Scientific memoirs by medical officers of the Army of India - Part XII,
Year: 1901
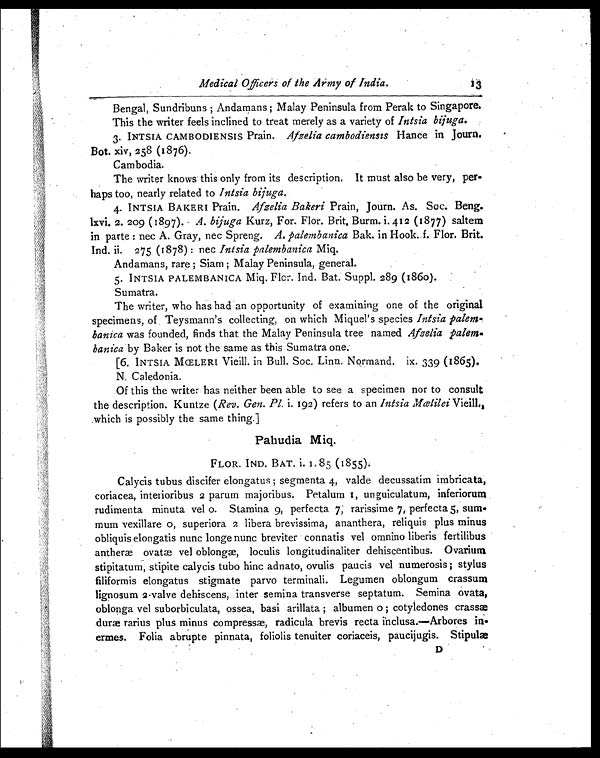
Medical Officers of the Army of India.
13
Bengal, Sundribuns ; Andamans ; Malay Peninsula from Perak to Singapore.
This the writer feels inclined to treat merely as a variety of Intsia bijuga.
3. INTSIA CAMBODIENSIS Prain. Afzelia cambodiensis Hance in Journ.
Bot. xiv, 258 (1876).
Cambodia.
The writer knows this only from its description. It must also be very, per-
haps too, nearly related to Intsia bijuga.
4. INTSIA BAKERI Prain. Afzelia Bakeri Prain, Journ. As. Soc. Beng.
lxvi. 2. 209 (1897). .4. bijuga Kurz, For. Flor. Brit. Burm. i 412 (1877) saltem
in parte : nec A. Gray, nec Spreng. A. palembanica Bak. in Hook. f. Flor. Brit.
Ind. ii. 275 (1878) : nec Intsia palembanica Miq.
Andamans, rare ; Siam ; Malay Peninsula, general.
5. INTSIA PALEMBANICA Miq. Flor. Ind. Bat. Suppl. 289 (1860).
Sumatra.
The writer, who has had an opportunity of examining one of the original
specimens, of . Teysmann's collecting, on which Miquel's species Intsia
p a l e m - b a n i c a
w a s f o u n d e d , f i n d s t h a t t h e M a l a y P e n i n s u l a t r e e n a m e dA
f z e l i a p a l m -
banica by Baker is not the same as this Sumatra one.
[6. INTSIA MŒLERI Vieill. in Bull. Soc. Linn. Normand. ix. 339 (1865).
N. Caledonia.
Of this the writer has neither been able to see a specimen nor to consult
the description. Kuntze (Rev. Gen. Pl. i. 192) refers to an Intsia MœlileiV i e i l l
. ,
which is possibly the same thing.]
Pahudia Miq.
FLOR. IND. BAT. i . 1 . 8 5 ( 1 8 5 5 ) .
Calycis tubus discifer elongatus ; segmenta 4, valde decussatim imbricata,
coriacea, interioribus 2 parum majoribus. Petalum I, unguiculatum, inferiorum
rudimenta minuta vel o. Stamina 9, perfecta 7; rarissime 7, perfecta 5, sum-
mum vexillare o, superiora 2 libera brevissima, ananthera, reliquis plus minus
obliquis elongatis nunc longe nunc breviter connatis vel omnino liberis fertilibus
antheræ ovatæ vel oblongæ, loculis longitudinaliter dehiscentibus. Ovarium
stipitatum, stipite calycis tubo hinc adnato, ovulis paucis vel numerosis ; stylus
filiformis elongatus stigmate parvo terminali. Legumen oblongum crassum
lignosum 2-valve dehiscens, inter semina transverse septatum. Semina ovata,
oblonga vel suborbiculata, ossea, basi arillata ; albumen o ; cotyledones crassæ
duræ rarius plus minus compressæ, radicula brevis recta inclusa.—Arbores
in-ermes. Folia abrupte pinnata, foliolis tenuiter coriaceis, paucijugis. Stipulæ
D